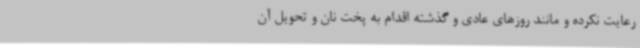
رعایت نکرده و مانند روزهای عادی و گذشته اقدام به پخت نان و تحویل آن